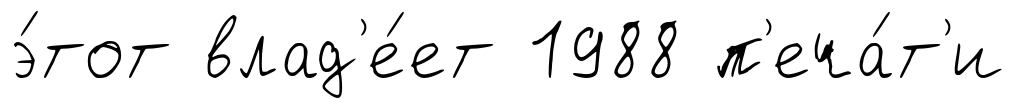
э́тот влад'е́ет 1988 п'еча́т'и